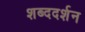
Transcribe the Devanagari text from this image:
शब्ददर्शन